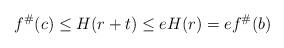
LaTeX: \begin{align*}f^\#(c)\leq H(r+t)\leq eH(r)=e f^\#(b)\end{align*}